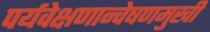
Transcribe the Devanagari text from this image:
पर्यवेक्षणान्वेषणमुखी